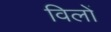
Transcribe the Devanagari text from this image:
विलों